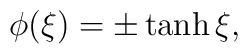
\phi(\xi) = \pm \tanh \xi,